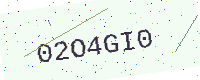
Text: 02O4GI0